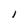
Character: I